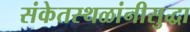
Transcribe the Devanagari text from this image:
संकेतस्थळांनीसुद्धा